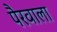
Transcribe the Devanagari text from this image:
पैरवाला